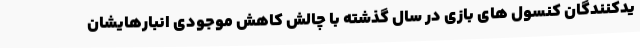
یدکنندگان کنسول های بازی در سال گذشته با چالش کاهش موجودی انبارهایشان